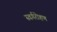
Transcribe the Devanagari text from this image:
स्वर्गरोहण